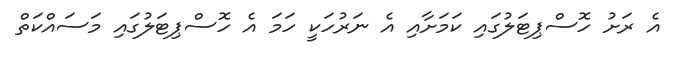
އެ ރަށު ހޮސްޕިޓަލުގައި ކަމަށާއި އެ ނަރުހަކީ ހަމަ އެ ހޮސްޕިޓަލުގައި މަސައްކަތް